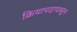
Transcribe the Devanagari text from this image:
क्रियापदापासून